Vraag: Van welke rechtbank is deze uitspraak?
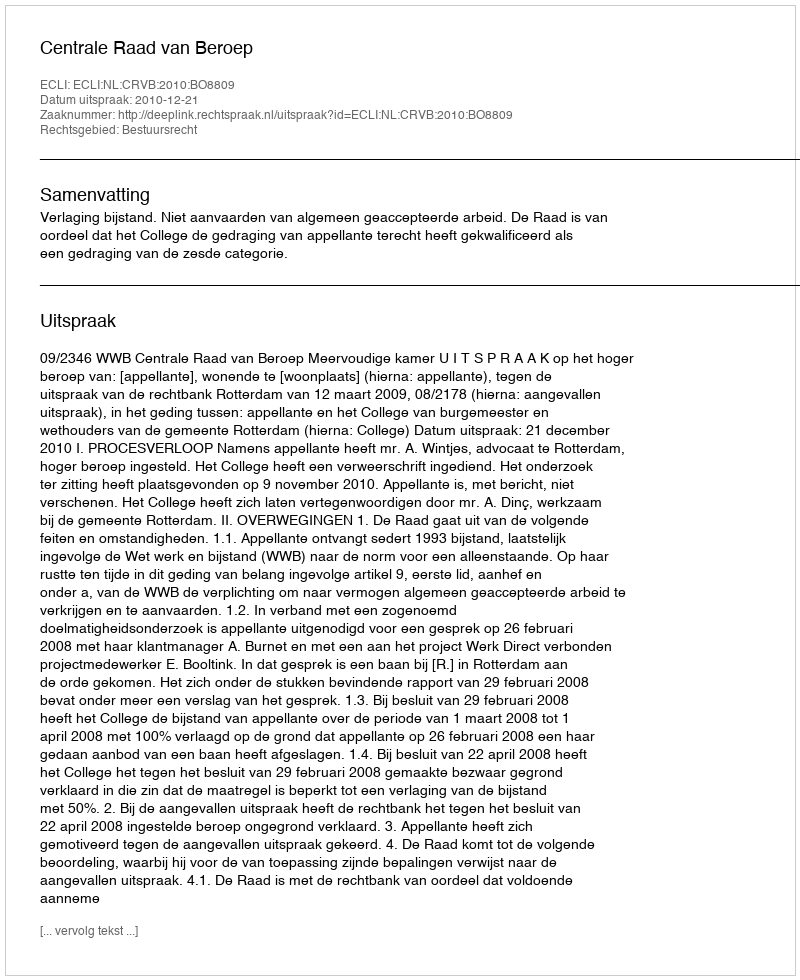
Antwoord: Centrale Raad van Beroep